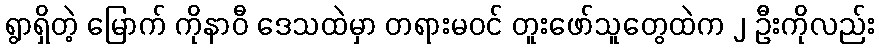
ရွာရှိတဲ့ မြောက် ကိုနာဝီ ဒေသထဲမှာ တရားမဝင် တူးဖော်သူတွေထဲက ၂ ဦးကိုလည်း